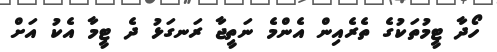
ހޯދާ ޓީމުތަކުގެ ތެރެއިން އެންމެ ނަތީޖާ ރަނގަޅު ދެ ޓީމާ އެކު އަށް